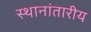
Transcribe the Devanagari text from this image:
स्थानांतारीय